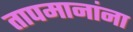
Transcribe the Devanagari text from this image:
तापमानांना